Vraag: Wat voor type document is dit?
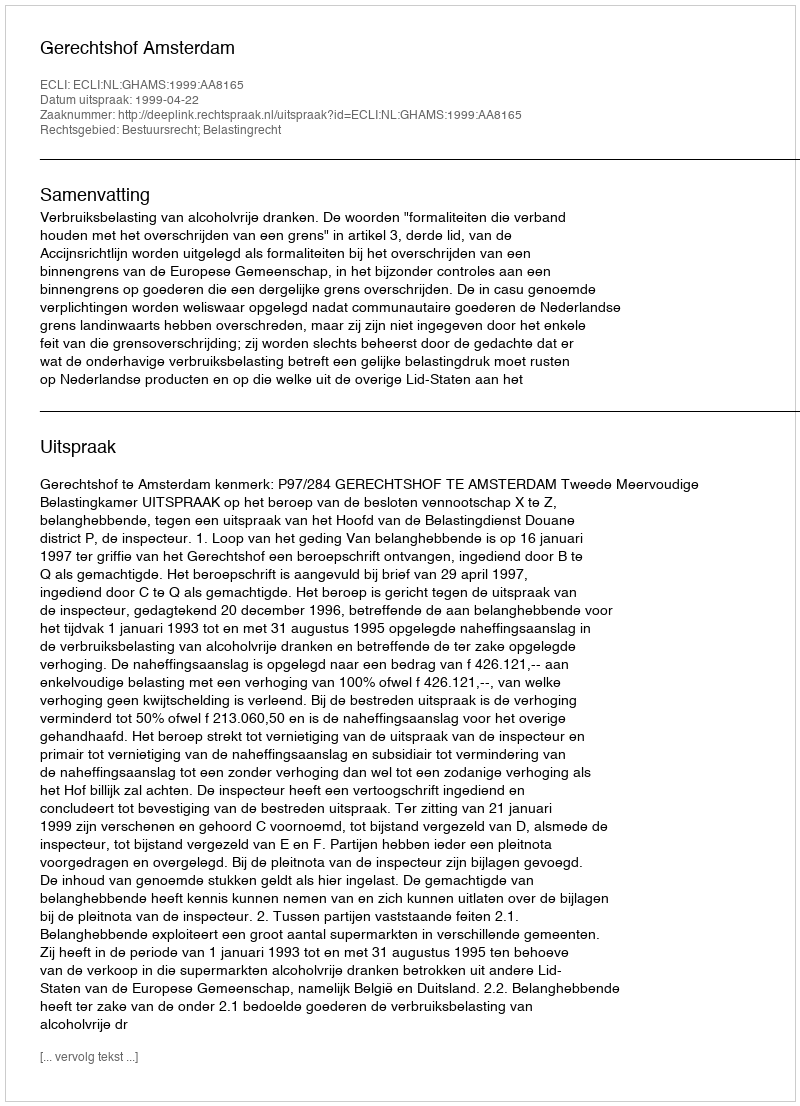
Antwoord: Uitspraak